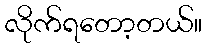
လိုက်ရတော့တယ်။